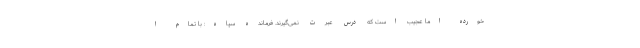
خورده اما عجیب است که درس عبرت نمی‌گیرند. فرمانده سپاه: با تمام ا